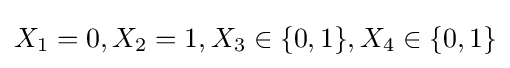
{\textstyle X_{1}=0,X_{2}=1,X_{3}\in \{0,1\},X_{4}\in \{0,1\}}